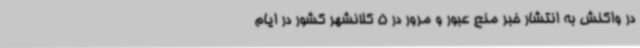
در واکنش به انتشار خبر منع عبور و مرور در 5 کلانشهر کشور در ایام